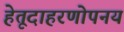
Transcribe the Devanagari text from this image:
हेतूदाहरणोपनय